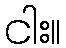
ငါး။